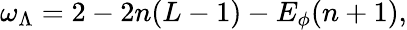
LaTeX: \omega_{\Lambda}=2-2n(L-1)-E_{\phi}(n+1),